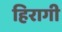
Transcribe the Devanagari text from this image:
हिरागी